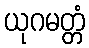
ယုဂမတ္တံ